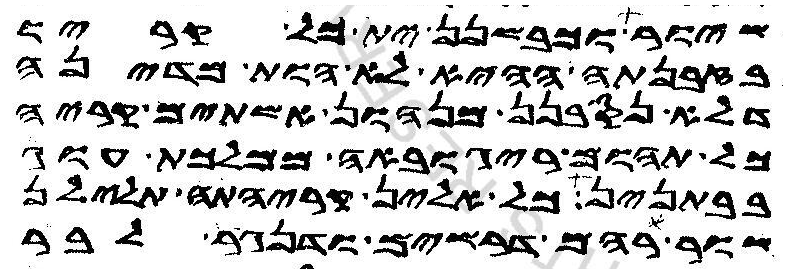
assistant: שיור וכבשנן ית כל קריו
בזבנתה ההיא לא הות מדינה
דלא נסבנן מנהון אשתים קריה
כל תהום ריגובאה ממלכת עוג
בבתנין כל אלין קריהתה תלילן
שור רהם דרשים ודנגר לבר